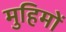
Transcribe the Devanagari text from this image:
मुहिमों